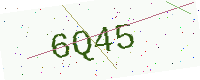
Text: 6Q45